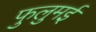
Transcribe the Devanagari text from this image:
फुलुमई